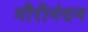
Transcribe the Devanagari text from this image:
गौरीनंदन